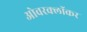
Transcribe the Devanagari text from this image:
ओवरक्लॉकर